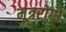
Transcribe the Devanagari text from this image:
मूत्ररोगों